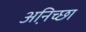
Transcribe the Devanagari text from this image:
अनि़च्छा